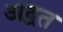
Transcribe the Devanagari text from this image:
अद्वत